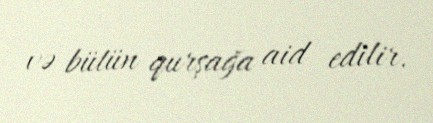
və bütün qurşağa aid edilir.